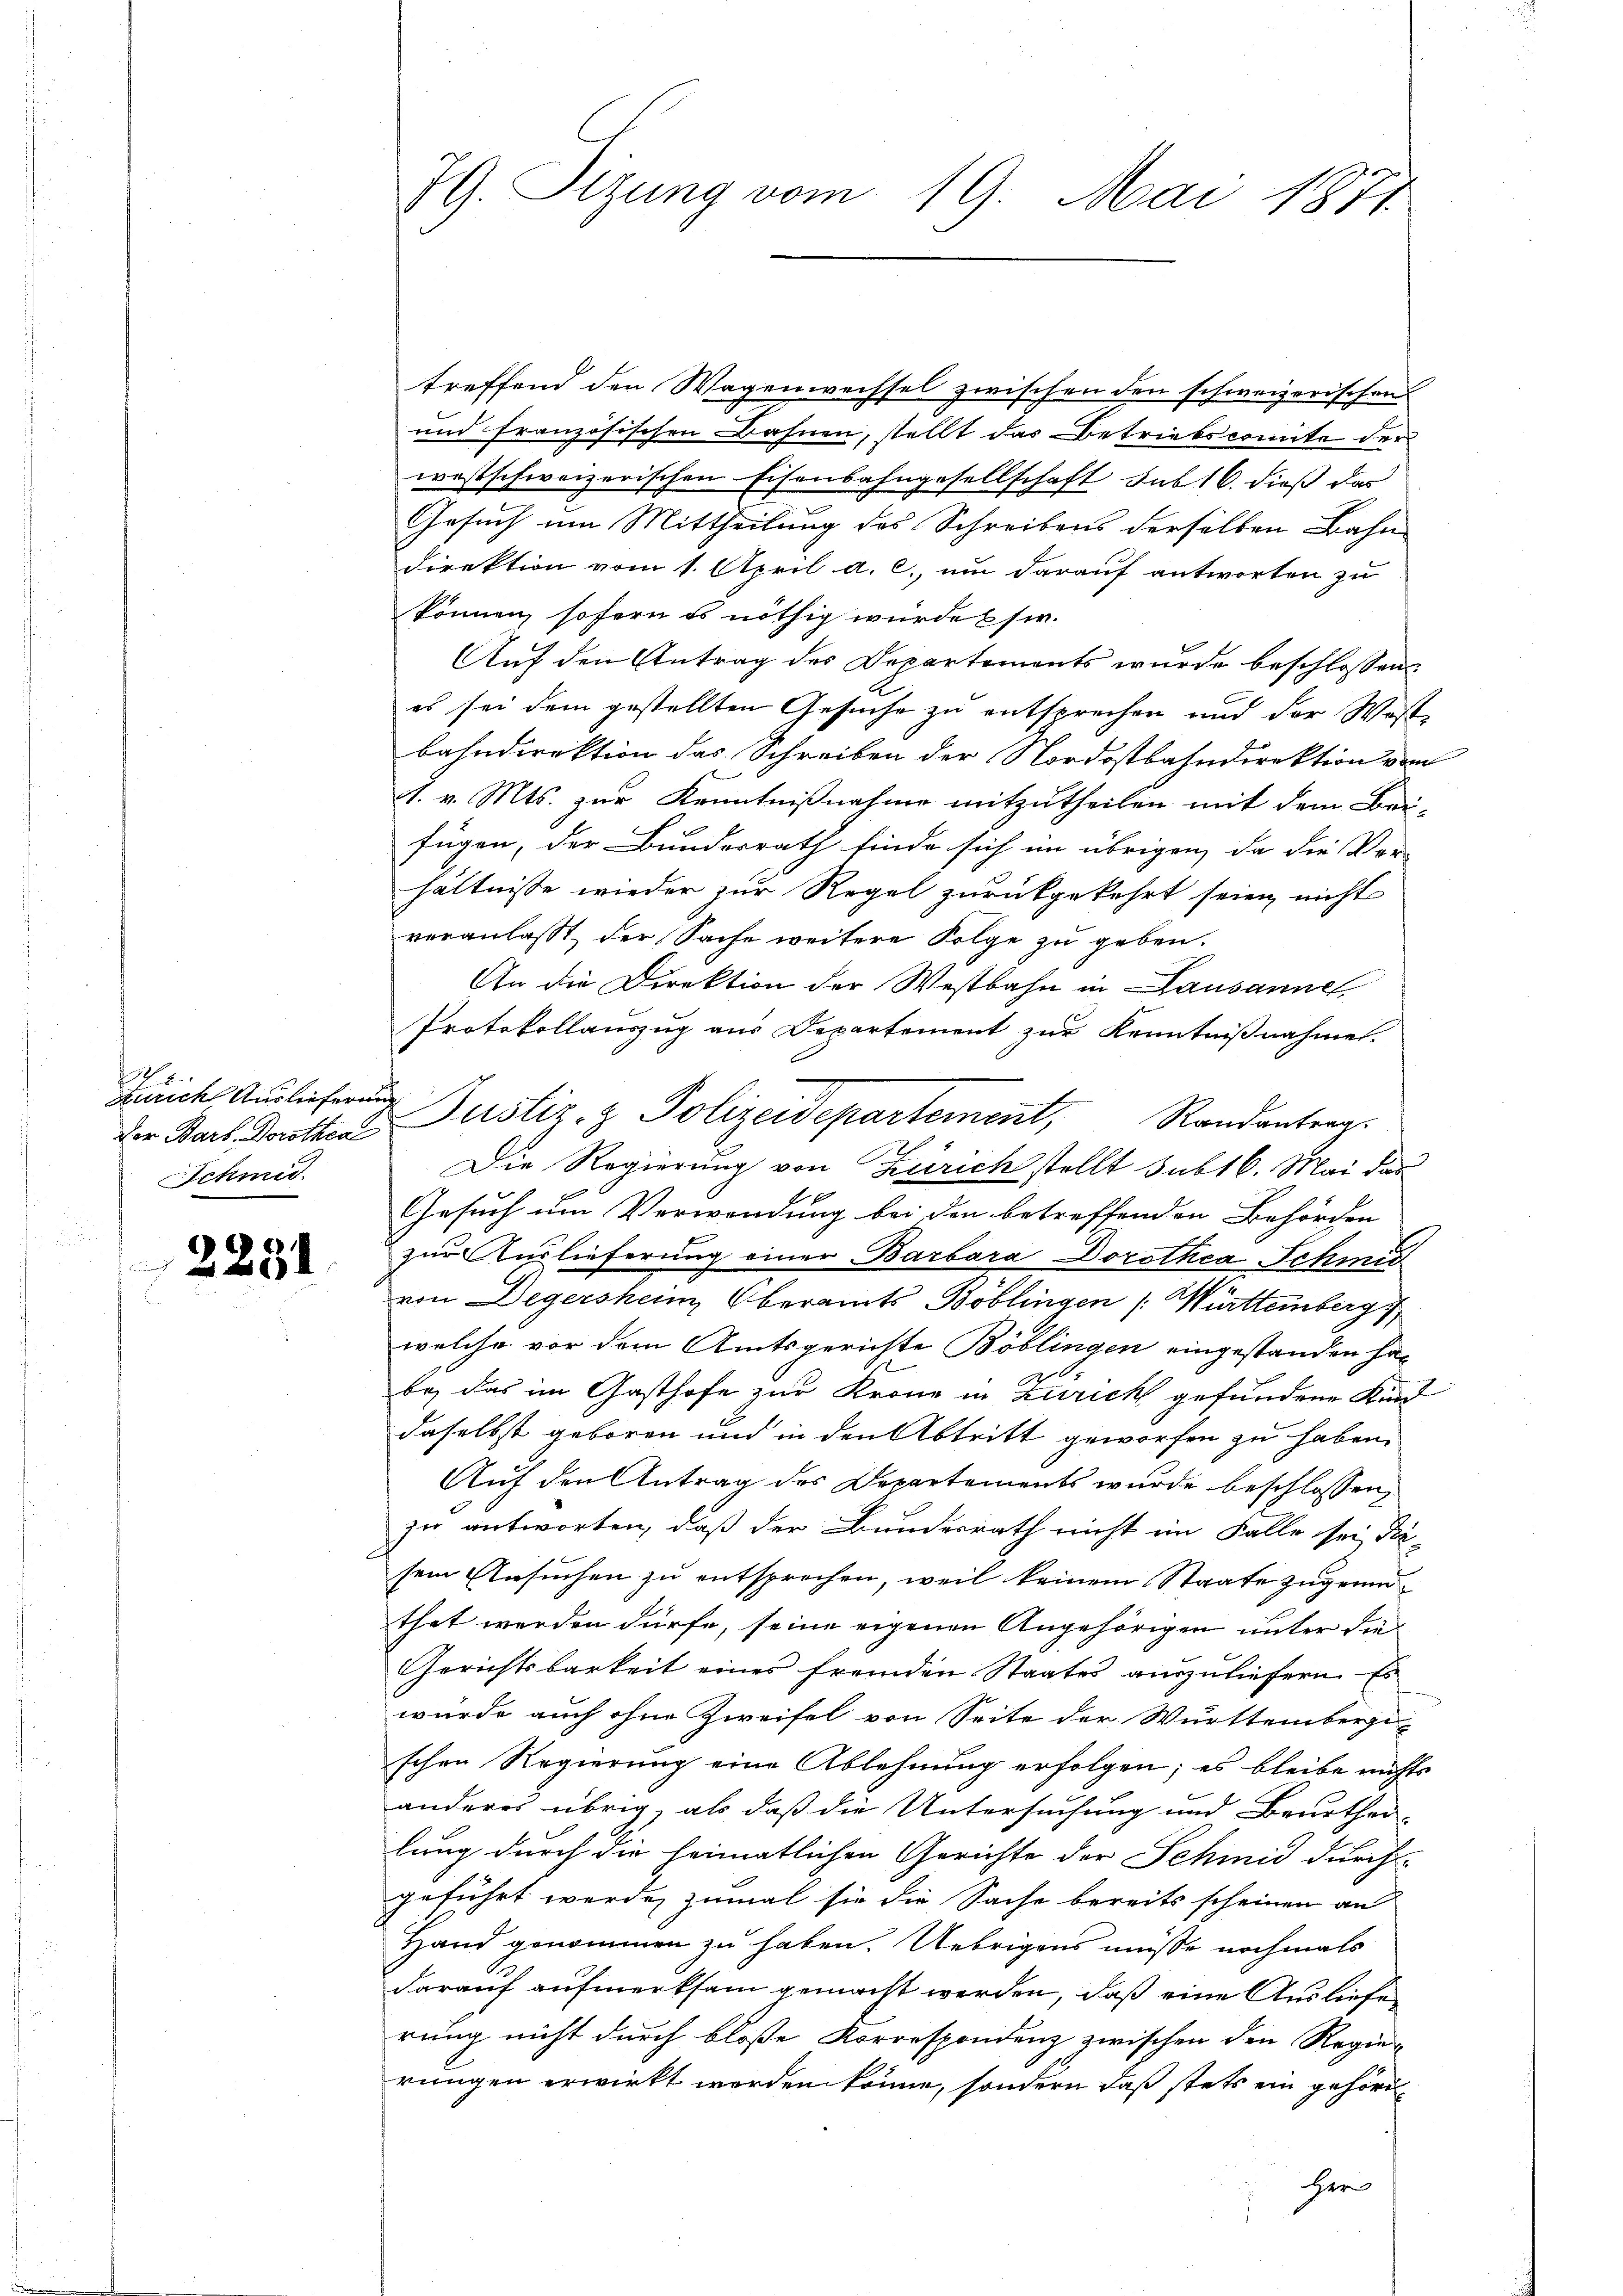
2
Zürich Auslieferung
Schmid.

2231

treffend den Wagenwechsel zwischen den schweizerischen
und französischen Bahnen, stellt das Betriebscomite der
westschweizerischen Eisenbahngesellschaft sub 16. dieß das
Gesuch um Mittheilung des Schreibens derselben Bahn
direktion vom 1. April a. c., um darauf antworten zu
können, sofern es nöthig würden sie.
Auf den Antrag des Departements wurde beschlossen
es sei dem gestellten Gesuche zu entsprechen und der Wast
bahndirektion das Schreiben der Nordostbahndirektion vom
1. v. Mts. zur Kenntnißnahme mitzutheilen mit dem Bei-
fügen, der Bundesrath finde sich im übrigen, da die Ver-
hältnisse wieder zur Regel zurückgekehrt seien nicht
veranlasst, der Sache weitere Folge zu geben.
An die Direktion der Westbahn in Lausanne
Protokollauszug aus Departement zur Kenntnißnahmen.
Die Regierung von Zürich stellt subt 6. Mai das
E
Gesuch um Verwendung bei den betreffenden Behörden
zur Auslieferung einer Barbara Dorothea Schmid
von Degersheim, Oberamts Böblingen (Württemberg,
welche vor dem Amtsgerichte Böblingen eingestanden hat
2
be, das im Gasthofe zur Krone in Zürich gefundene Kind
daselbst geboren und in den Abtritt geworfen zu haben.
Auf den Antrag des Departements wurde beschlossen,
zu antworten, daß der Bundesrath nicht im Falle sei die-
sem Ersuchen zu entsprechen, weil keinem Staate zugemuthet werden dürfe, seine eigenen Angehörigen unter die¬
Gerichtsbarkeit eines fremden Staates auszuliefern. Es
würde auch ohne Zweifel von Seite der Württembergi-
schen Regierung eine Ablehnung erfolgen; es bleibe nichts
anderes übrig, als daß die Untersuchung und Beurthei-
lung durch die heimatlichen Gerichte der Schmid durch-
geführt werde, zumal sie die Sache bereits scheinen an
Hand genommen zu haben. Uebrigens müsse nochmals
darauf aufmerksam gemacht werden, daß eine Ausliefen
rung nicht durch bloße Korrespondenz zwischen den Regie-
rungen erwirkt werden könne, sondern daß stets ein gehör¬
Herr

JG. Tizung vom 19. Mai 1871.

der Barb. Dorothen Justiz- & Polizeidepartement, Randantrag.